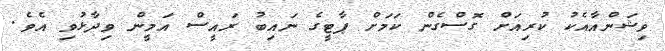
ވިޝަންއާއެކު ކުރިއަށް ގޮސްގެން ކަމަށް ޕާޓީގެ ނައިބު ރައީސް އަމީން ވިދާޅުވި އެވެ.